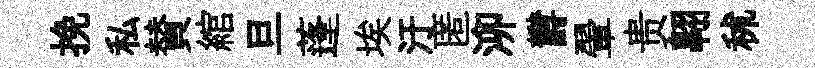
挽私賛綰旦蓬埃汙匿泖欝翬贵翺秫